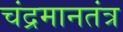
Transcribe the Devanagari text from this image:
चंद्रमानतंत्र